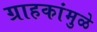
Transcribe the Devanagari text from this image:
ग्राहकांमुळे